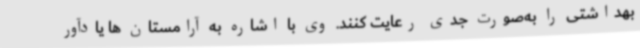
بهداشتی را به‌صورت جدی رعایت کنند. وی با اشاره به آرامستان ها یادآور